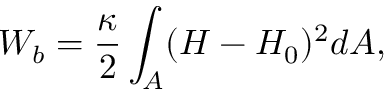
W _ { b } = \frac { \kappa } { 2 } \int _ { A } ( H - H _ { 0 } ) ^ { 2 } d A ,